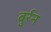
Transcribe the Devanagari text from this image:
बुर्रन